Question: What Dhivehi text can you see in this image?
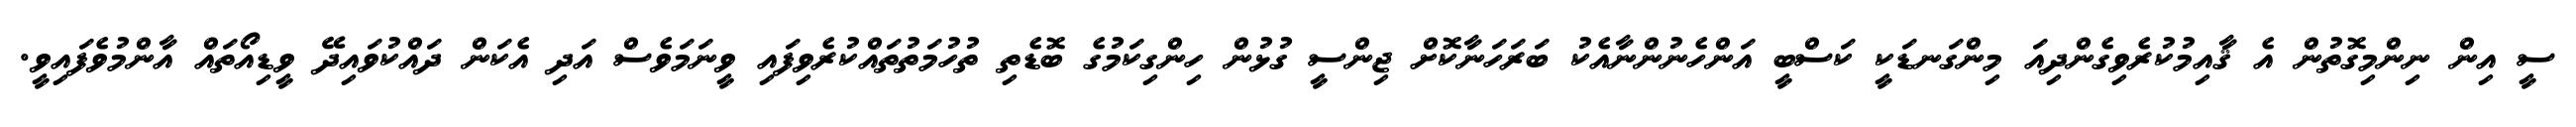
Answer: ސީ އިން ނިންމިގޮތުން އެ ޤާއިމުކުރެވިގެންދިއަ މިންގަނޑަކީ ކަސްބީ އަންހެނުންނާއެކު ބަރަހަނާކޮށް ޖިންސީ ގުޅުން ހިންގިކަމުގެ ބޮޑެތި ތުހުމަތުތައްކުރެވިފައި ވީނަމަވެސް އަދި އެކަން ދައްކުވައިދޭ ވީޑިއޯތައް އާންމުވެފައިވީ.